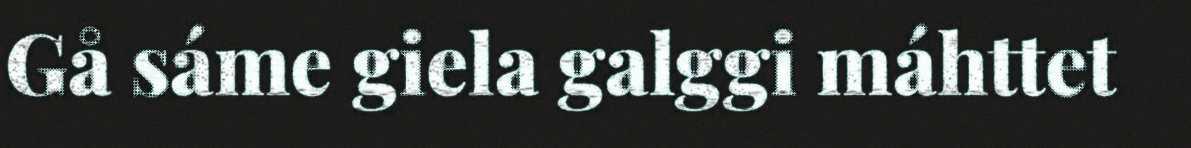
Gå sáme giela galggi máhttet